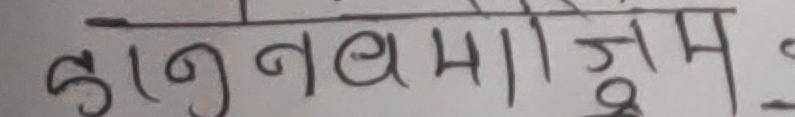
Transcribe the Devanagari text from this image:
कानवनमां जुम